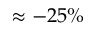
\approx - 2 5 \%